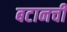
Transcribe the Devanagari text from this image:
बटानची